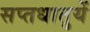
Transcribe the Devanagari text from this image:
सप्‍तधातुयें